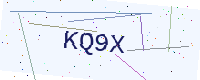
Text: KQ9X